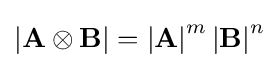
\left|\mathbf {A} \otimes \mathbf {B} \right|=\left|\mathbf {A} \right|^{m}\left|\mathbf {B} \right|^{n}